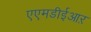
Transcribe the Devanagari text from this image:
एएमडीईआऱ